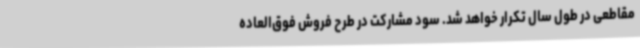
مقاطعی در طول سال تکرار خواهد شد. سود مشارکت در طرح فروش فوق‌العاده